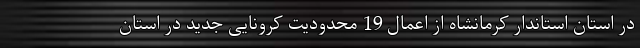
در استان استاندار کرمانشاه از اعمال 19 محدودیت کرونایی جدید در استان